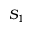
S _ { 1 }